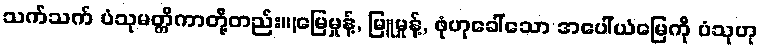
သက်သက် ပံသုမတ္တိကာတို့တည်း။(မြေမှုန့်, မြူမှုန့်, ဖုံဟုခေါ်သော အပေါ်ယံမြေကို ပံသုဟု